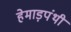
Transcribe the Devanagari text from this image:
हेमाड़पंथी